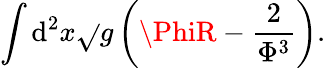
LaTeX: \int\mathrm{d}^{2}x\sqrt{}{{g}}\left(\PhiR-\frac{{2}}{{\Phi^{3}}}\right).